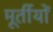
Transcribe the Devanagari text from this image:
मूर्तीयों